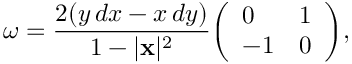
\omega = { \frac { 2 ( y \, d x - x \, d y ) } { 1 - | \mathbf { x } | ^ { 2 } } } { \left( \begin{array} { l l } { 0 } & { 1 } \\ { - 1 } & { 0 } \end{array} \right) } ,